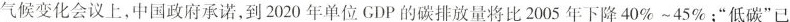
气候变化会议上，中国政府承诺，到2020年单位GDP的碳排放量将比2005年下降40%~45%；”低碳”已